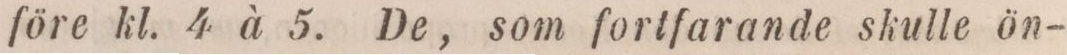
före kl. 4 à 5. De, som fortfarande skulle ön-